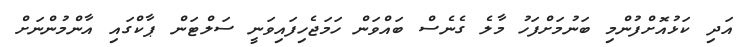
އަދި ކަޅުއޮށްފުންމި ބަނުމަށްފަހު މާލެ ގެނެސް ބައްވަން ހަމަޖެހިފައިވަނީ ސަލްޓަން ޕާކްގައި އާންމުންނަށް